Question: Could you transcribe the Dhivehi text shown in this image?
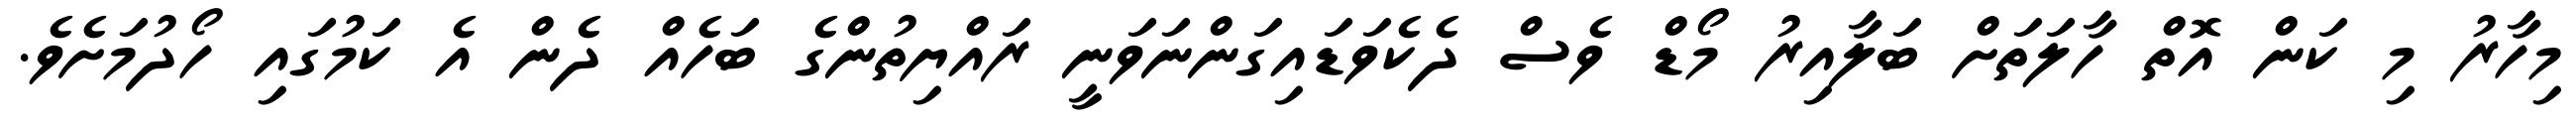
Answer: މިހާރު މި ކަން އޮތް ހާލަތަށް ބަލާއިރު މޯޑް ވެސް ދެކެވަޑައިގަންނަވަނީ ރައްޔިތުންގެ ބަހެއް ދެން އެ ކަމުގައި ހޯދުމަށެވެ.